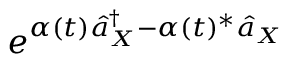
e ^ { \alpha ( t ) \hat { a } _ { X } ^ { \dag } - \alpha ( t ) ^ { * } \hat { a } _ { X } }